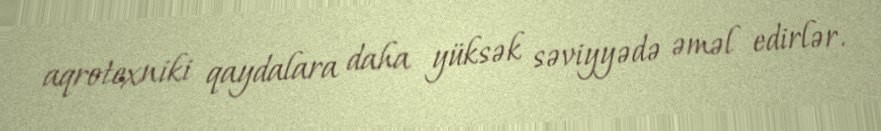
aqrotexniki qaydalara daha yüksək səviyyədə əməl edirlər.